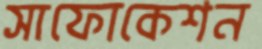
সাফোকেশন